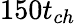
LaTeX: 150t_{ch}